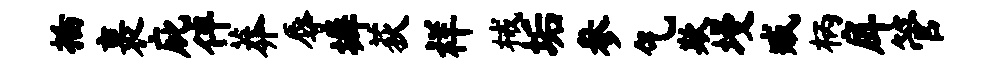
插裹庇伴莽辱墀荻祥械垢参乞欺墁臧柄戽管